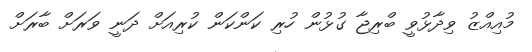
މުއިއްޒު ވިދާޅުވީ ބްރިޖާ ގުޅުން ހުރި ކަންކަން ކުރިއަށް ދަނީ ވަރަށް ބާރަށް